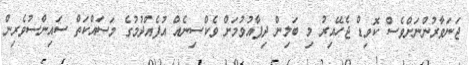
ޖަނަވާރުންނަށްވެސް ކޮވިޑް ޖެހޭއިރު މި ބަލިން ދިފާއުވުމަށް ވެކްސިނެއް އުފެއްދުމުގެ މަސައްކަތް ސައިންސުވެރިން